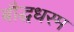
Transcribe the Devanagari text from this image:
बौद्धधरम